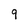
Character: 9